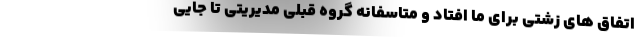
اتفاق های زشتی برای ما افتاد و متاسفانه گروه قبلی مدیریتی تا جایی